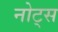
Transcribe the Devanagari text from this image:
नोट्‍स